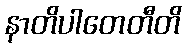
နာတိပါတေတီတိ